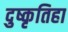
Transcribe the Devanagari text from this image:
दुष्कृतिहा